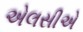
એલસીએ